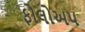
ફોલોઅપ